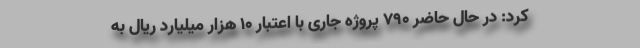
کرد: در حال حاضر ۷۹۰ پروژه جاری با اعتبار ۱۰ هزار میلیارد ریال به